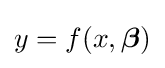
y=f(x,{\boldsymbol {\beta }})